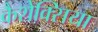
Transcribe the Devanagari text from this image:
कैशेक्सिया